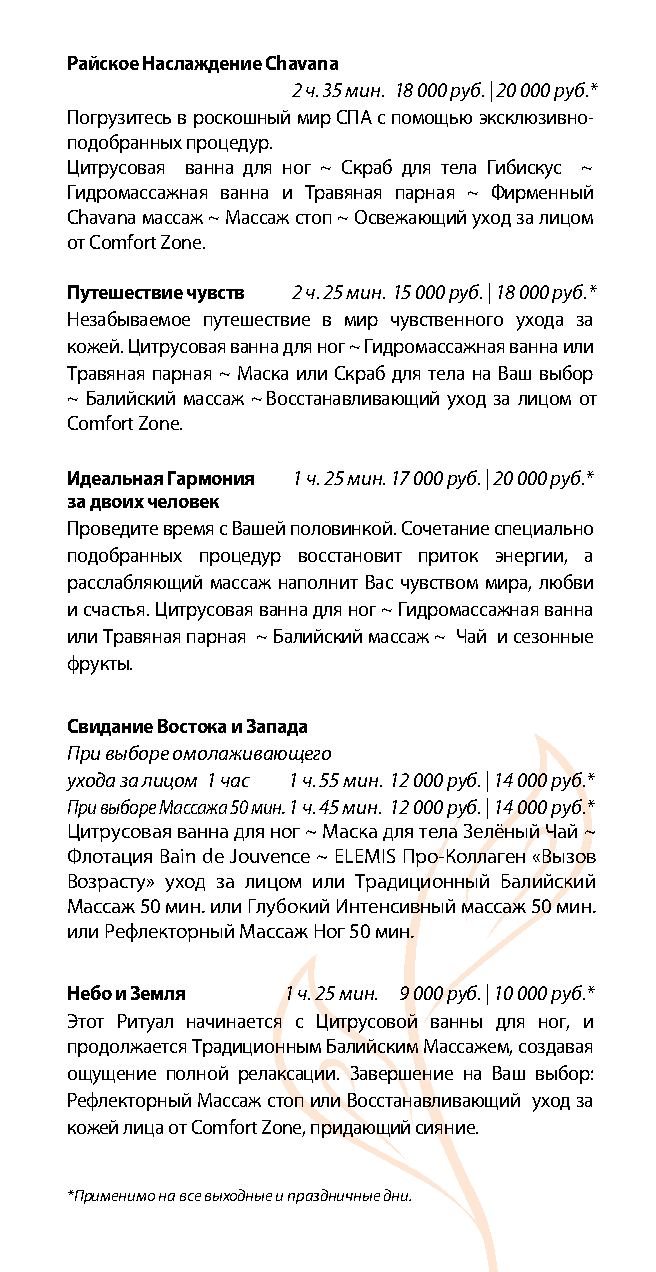
Райское Наслаждение Chavana
 2 ч. 35 мин. 18 000 руб. | 20 000 руб.*
 Погрузитесь в роскошный мир СПА с помощью эксклюзивно-
 подобранных процедур.
 Цитрусовая ванна для ног ~ Скраб для тела Гибискус ~
 Гидромассажная ванна и Травяная парная ~ Фирменный
 Chavana массаж ~ Массаж стоп ~ Освежающий уход за лицом
 от Comfort Zone.
 Путешествие чувств 2 ч. 25 мин. 15 000 руб. | 18 000 руб.*
 Незабываемое путешествие в мир чувственного ухода за
 кожей. Цитрусовая ванна для ног ~ Гидромассажная ванна или
 Травяная парная ~ Маска или Скраб для тела на Ваш выбор
 ~ Балийский массаж ~ Восстанавливающий уход за лицом от
 Comfort Zone.
 Идеальная Гармония 1 ч. 25 мин. 17 000 руб. | 20 000 руб.*
 за двоих человек
 Проведите время с Вашей половинкой. Сочетание специально
 подобранных процедур восстановит приток энергии, а
 расслабляющий массаж наполнит Вас чувством мира, любви
 и счастья. Цитрусовая ванна для ног ~ Гидромассажная ванна
 или Травяная парная ~ Балийский массаж ~ Чай и сезонные
 фрукты.
 Свидание Востока и Запада
 При выборе омолаживающего
 ухода за лицом 1 час 1 ч. 55 мин. 12 000 руб. | 14 000 руб.*
 При выборе Массажа 50 мин. 1 ч. 45 мин. 12 000 руб. | 14 000 руб.*
 Цитрусовая ванна для ног ~ Маска для тела Зелёный Чай ~
 Флотация Bain de Jouvence ~ ELEMIS Про-Коллаген «Вызов
 Возрасту» уход за лицом или Традиционный Балийский
 Массаж 50 мин. или Глубокий Интенсивный массаж 50 мин.
 или Рефлекторный Массаж Ног 50 мин.
 Небо и Земля   1 ч. 25 мин. 9 000 руб. | 10 000 руб.*
 Этот Ритуал начинается с Цитрусовой ванны для ног, и
 продолжается Традиционным Балийским Массажем, создавая
 ощущение полной релаксации. Завершение на Ваш выбор:
 Рефлекторный Массаж стоп или Восстанавливающий уход за
 кожей лица от Comfort Zone, придающий сияние.
 *Применимо на все выходные и праздничные дни.